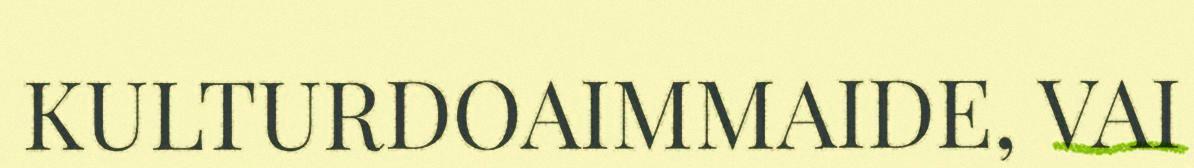
KULTURDOAIMMAIDE, VAI